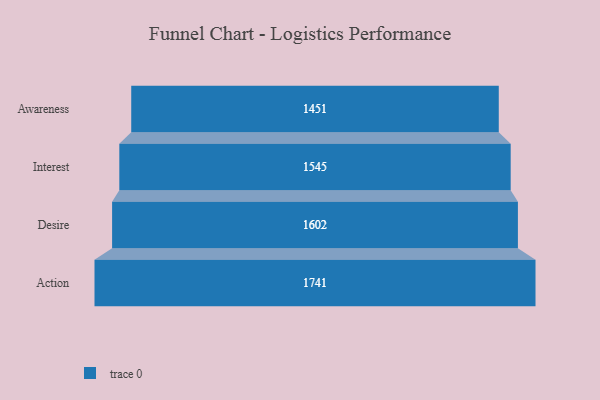
{"axis": {"x": "Stage", "y": "Value"}, "legend": [""], "data": [{"x": "Awareness", "y": 1451.0, "type": ""}, {"x": "Interest", "y": 1545.0, "type": ""}, {"x": "Desire", "y": 1602.0, "type": ""}, {"x": "Action", "y": 1741.0, "type": ""}]}